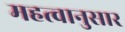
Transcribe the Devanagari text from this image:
महत्वानुसार